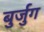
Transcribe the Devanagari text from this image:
बुर्जुग